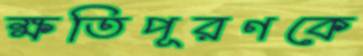
ক্ষতিপূরণকে